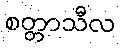
စတ္တာသီလ